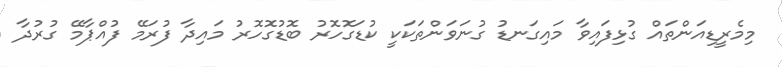
މިމެރީޑިއަންތައް ގުޅިފައިވާ މައިގަނޑު ގުނަވަންތަކަކީ ކުޑަގޮހޮރު ބޮޑުގޮހޮރު މައިދާ ފުރަމޭ ފުއްޕާމޭ ގުރުދާ